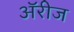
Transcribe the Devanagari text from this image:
अॅरीज